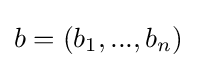
b=(b_{1},...,b_{n})